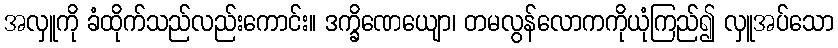
အလှူကို ခံထိုက်သည်လည်းကောင်း။ ဒက္ခိဏေယျော၊ တမလွန်လောကကိုယုံကြည်၍ လှူအပ်သော